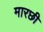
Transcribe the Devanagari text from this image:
मारछी